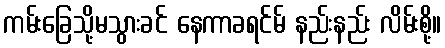
ကမ်းခြေသို့မသွားခင် နေကာခရင်မ် နည်းနည်း လိမ်းစို့။